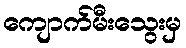
ကျောက်မီးသွေးမှ